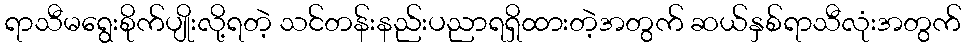
ရာသီမရွေးစိုက်ပျိုးလို့ရတဲ့ သင်တန်းနည်းပညာရရှိထားတဲ့အတွက် ဆယ်နှစ်ရာသီလုံးအတွက်